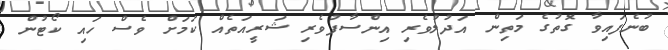
ބުނެފައިވާ ގޮތުގެ މަތިން އަދުލުވެރި އިންސާފުވެރި ޝަރީއަތެއް ކަމަށް ވެސް ހައި ކޯޓުން